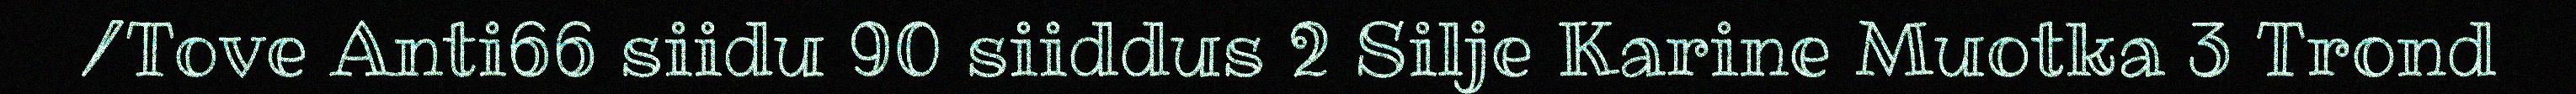
/Tove Anti66 siidu 90 siiddus 2 Silje Karine Muotka 3 Trond